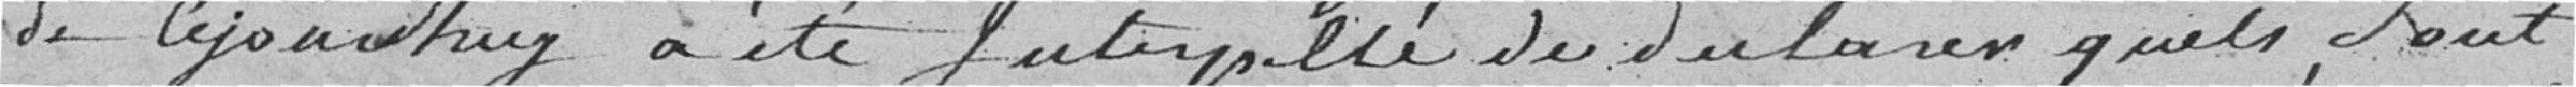
de Cejourd'huy a été Interpelé de déclarer quels Sont